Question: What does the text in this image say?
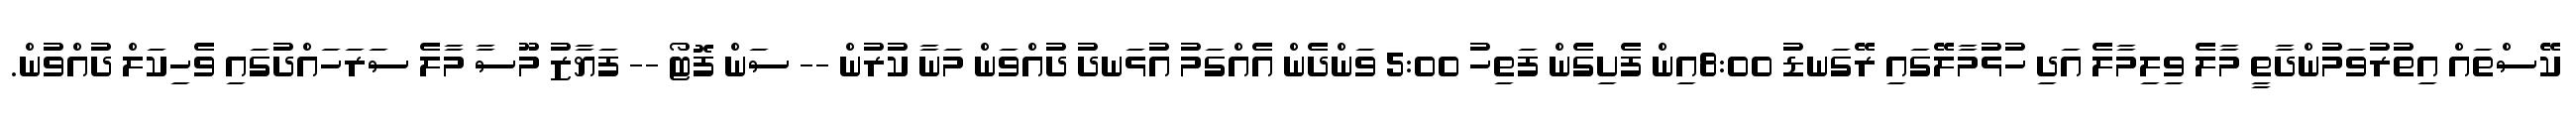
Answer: ކޭސްތައް އިތުރުވަމުންދާތީ މާލެ ވިލިމާލެ އަދި ހުޅުމާލޭގައި ރޭގަނޑު 8:00އިން ފެށިގެން ފަތިހު 5:00 ވަންދެން އެއްގަމު އުޅަނދު ދުއްވަން މަނާ ކުރުން -- ސަން ފޮޓޯ -- ފަޔާޒު މޫސާ މާލެ ސަރަހައްދުގައި ވެހިކަލް ދުއްވުން.